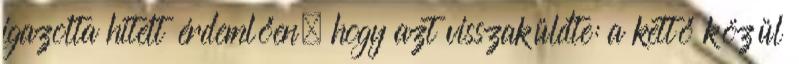
igazolta hitelt érdemlően, hogy azt visszaküldte: a kettő közül